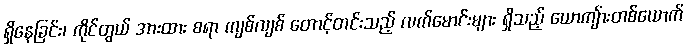
ရှိနေခြင်း၊ ကိုင်တွယ် အားထား စရာ ကျစ်လျစ် တောင့်တင်းသည့် လက်မောင်းများ ရှိသည့် ယောကျ်ားတစ်ယောက်